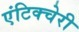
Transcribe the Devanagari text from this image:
एंटिक्चेरी